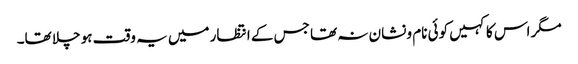
مگر اس کا کہیں کوئی نام و نشان نہ تھا جس کے انتظار میں یہ وقت ہو چلا تھا۔